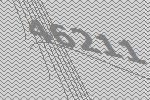
46211